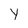
Character: Y